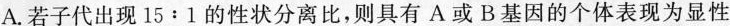
A. 若子代出现$$15 : 1$$的性状分离比，则具有A或B基因的个体表现为显性